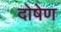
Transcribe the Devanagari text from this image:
दोषेण